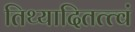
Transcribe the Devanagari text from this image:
तिथ्यादितत्त्वं